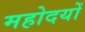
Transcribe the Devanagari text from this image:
महोदयों